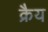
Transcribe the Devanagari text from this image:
क्रैय